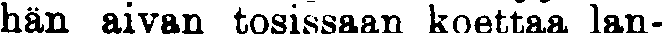
hän aivan tosissaan koettaa lan-